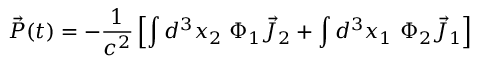
\vec { P } ( t ) = - \frac { 1 } { c ^ { 2 } } \left[ \int d ^ { 3 } x _ { 2 } ~ \Phi _ { 1 } \vec { J } _ { 2 } + \int d ^ { 3 } x _ { 1 } ~ \Phi _ { 2 } \vec { J } _ { 1 } \right]